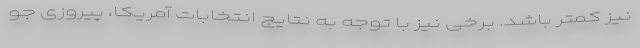
نیز کمتر باشد. برخی نیز با توجه به نتایج انتخابات آمریکا، پیروزی جو